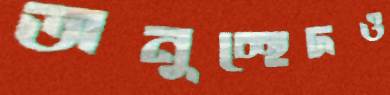
অনুচ্ছেদও